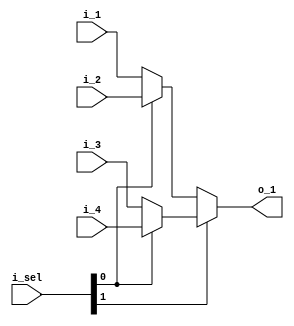
module mux4 #(
  parameter WIDTH = 32
)(
  input [WIDTH-1:0] i_1, i_2, i_3, i_4,
  input [1:0] i_sel,
  output [WIDTH-1:0] o_1
);
  // i_sel : o_1
  // ---------
  // 00 : i_1
  // 01 : i_2
  // 10 : i_3
  // 11 : i_4

  assign o_1 = i_sel[1] ? (i_sel[0] ? i_4
                                    : i_3)
                        : (i_sel[0] ? i_2
                                    : i_1);

endmodule